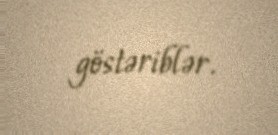
göstəriblər.